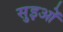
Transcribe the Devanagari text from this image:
सुइओं